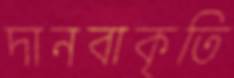
দানবাকৃতি